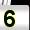
Digit: 5